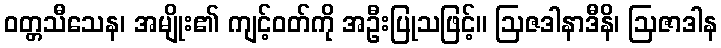
ဝတ္တသီသေန၊ အမျိုး၏ ကျင့်ဝတ်ကို အဦးပြုသဖြင့်။ ဩဇဒါနာဒီနိ၊ ဩဇာဒါန